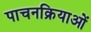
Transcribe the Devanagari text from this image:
पाचनक्रियाओं